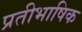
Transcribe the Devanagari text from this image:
प्रतीभाषिक